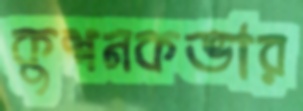
কুশনকভার